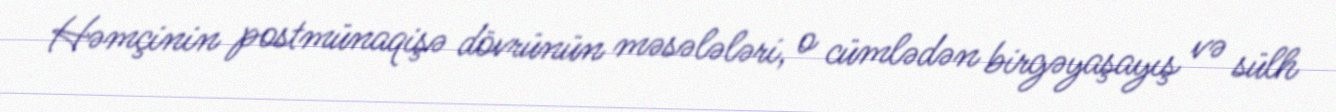
Həmçinin postmünaqişə dövrünün məsələləri, o cümlədən birgəyaşayış və sülh